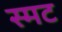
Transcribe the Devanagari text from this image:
स्मट